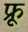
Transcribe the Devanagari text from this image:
फ्रू